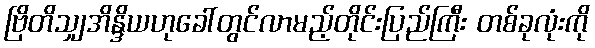
ဗြိတိသျှအိန္ဒိယဟုခေါ်တွင်လာမည့်တိုင်းပြည်ကြီး တစ်ခုလုံးကို